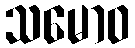
သမောဝ